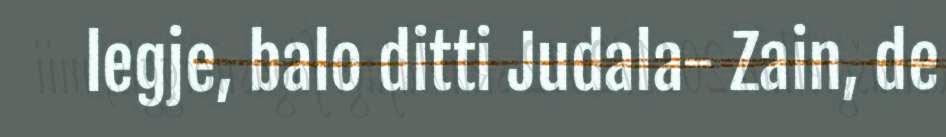
legje, balo ditti Judala- Zain, de